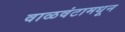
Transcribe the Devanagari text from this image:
वाळवंटामधून